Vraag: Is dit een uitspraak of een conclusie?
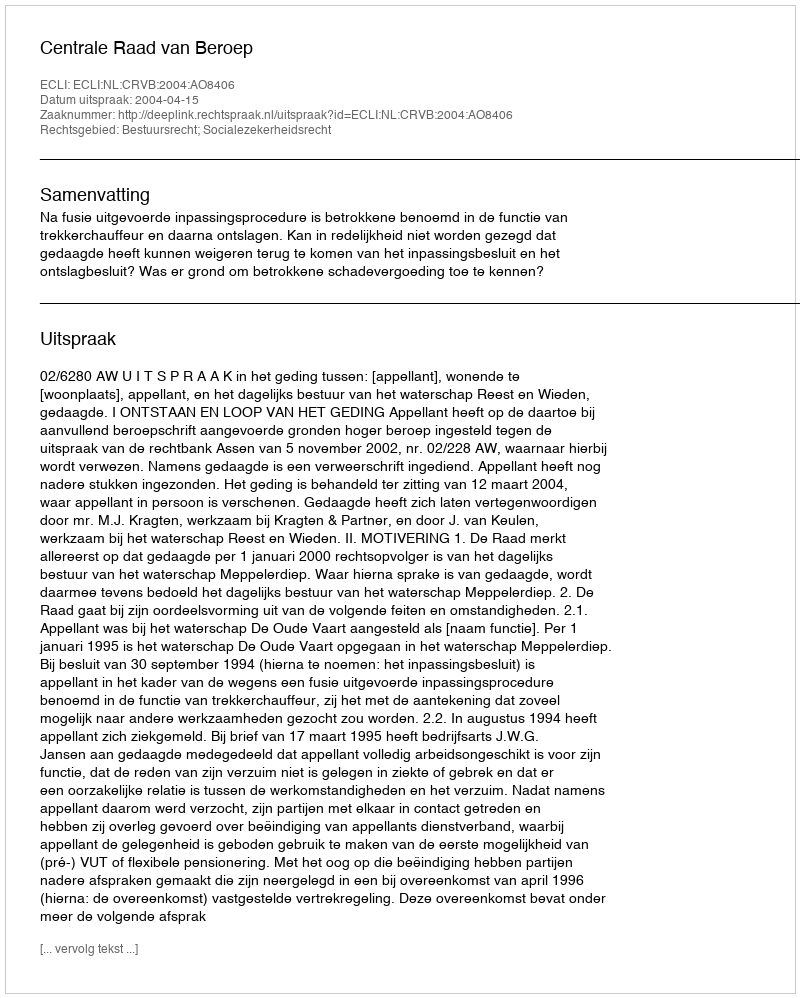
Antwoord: Uitspraak